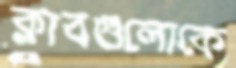
ক্লাবগুলোকে